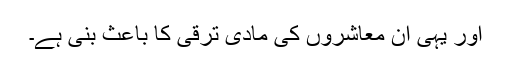
اور یہی ان معاشروں کی مادی ترقی کا باعث بنی ہے۔